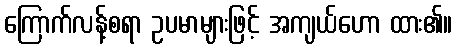
ကြောက်လန့်စရာ ဥပမာများဖြင့် အကျယ်ဟော ထား၏။